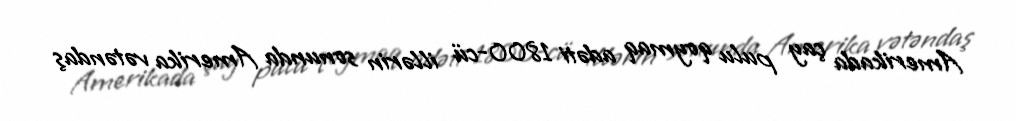
Amerikada çay pulu qoymaq adəti 1800-cü illərin sonunda Amerika vətəndaş